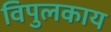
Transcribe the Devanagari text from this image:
विपुलकाय